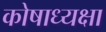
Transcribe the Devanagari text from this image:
कोषाध्यक्षा